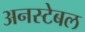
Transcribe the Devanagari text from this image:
अनस्टेबल